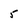
Character: 5